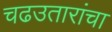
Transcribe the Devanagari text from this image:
चढउतारांचा